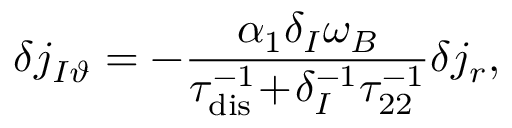
\delta j _ { I \vartheta } = - \frac { \alpha _ { 1 } \delta _ { I } \omega _ { B } } { \tau _ { \mathrm { d i s } } ^ { - 1 } \! + \! \delta _ { I } ^ { - 1 } \tau _ { 2 2 } ^ { - 1 } } \delta j _ { r } ,